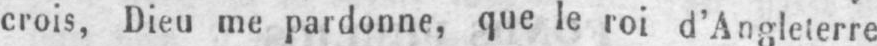
crois, Dieu me pardonne, que le roi d’Angleterre